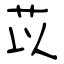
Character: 苡